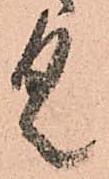
く